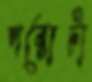
পরোটা